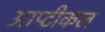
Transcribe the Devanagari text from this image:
आप्टीकल